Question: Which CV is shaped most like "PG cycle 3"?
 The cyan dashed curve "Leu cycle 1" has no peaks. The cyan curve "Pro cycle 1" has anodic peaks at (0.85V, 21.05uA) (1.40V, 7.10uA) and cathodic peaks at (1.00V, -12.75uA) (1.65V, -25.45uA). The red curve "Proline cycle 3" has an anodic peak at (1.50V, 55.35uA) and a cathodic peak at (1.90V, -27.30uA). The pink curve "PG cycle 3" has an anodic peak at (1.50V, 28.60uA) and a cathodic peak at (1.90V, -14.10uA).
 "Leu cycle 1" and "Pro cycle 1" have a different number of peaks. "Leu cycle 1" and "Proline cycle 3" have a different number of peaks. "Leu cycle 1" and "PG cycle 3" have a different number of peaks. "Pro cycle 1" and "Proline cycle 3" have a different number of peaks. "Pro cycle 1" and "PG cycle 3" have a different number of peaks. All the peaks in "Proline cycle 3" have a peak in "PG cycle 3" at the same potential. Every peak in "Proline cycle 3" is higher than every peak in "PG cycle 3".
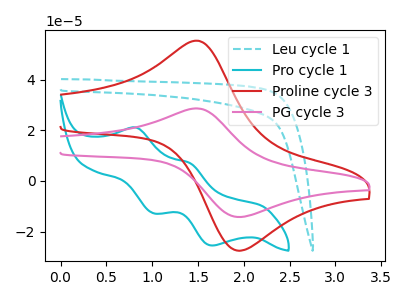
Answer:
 <answer>The CV with the most similar shape to "Proline cycle 3" is "PG cycle 3".</answer>
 <eval>"PG cycle 3"</eval>